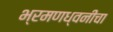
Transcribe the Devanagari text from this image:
भ्रमणध्वनीचा